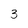
Character: 3